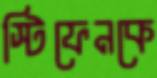
স্টিফেনকে